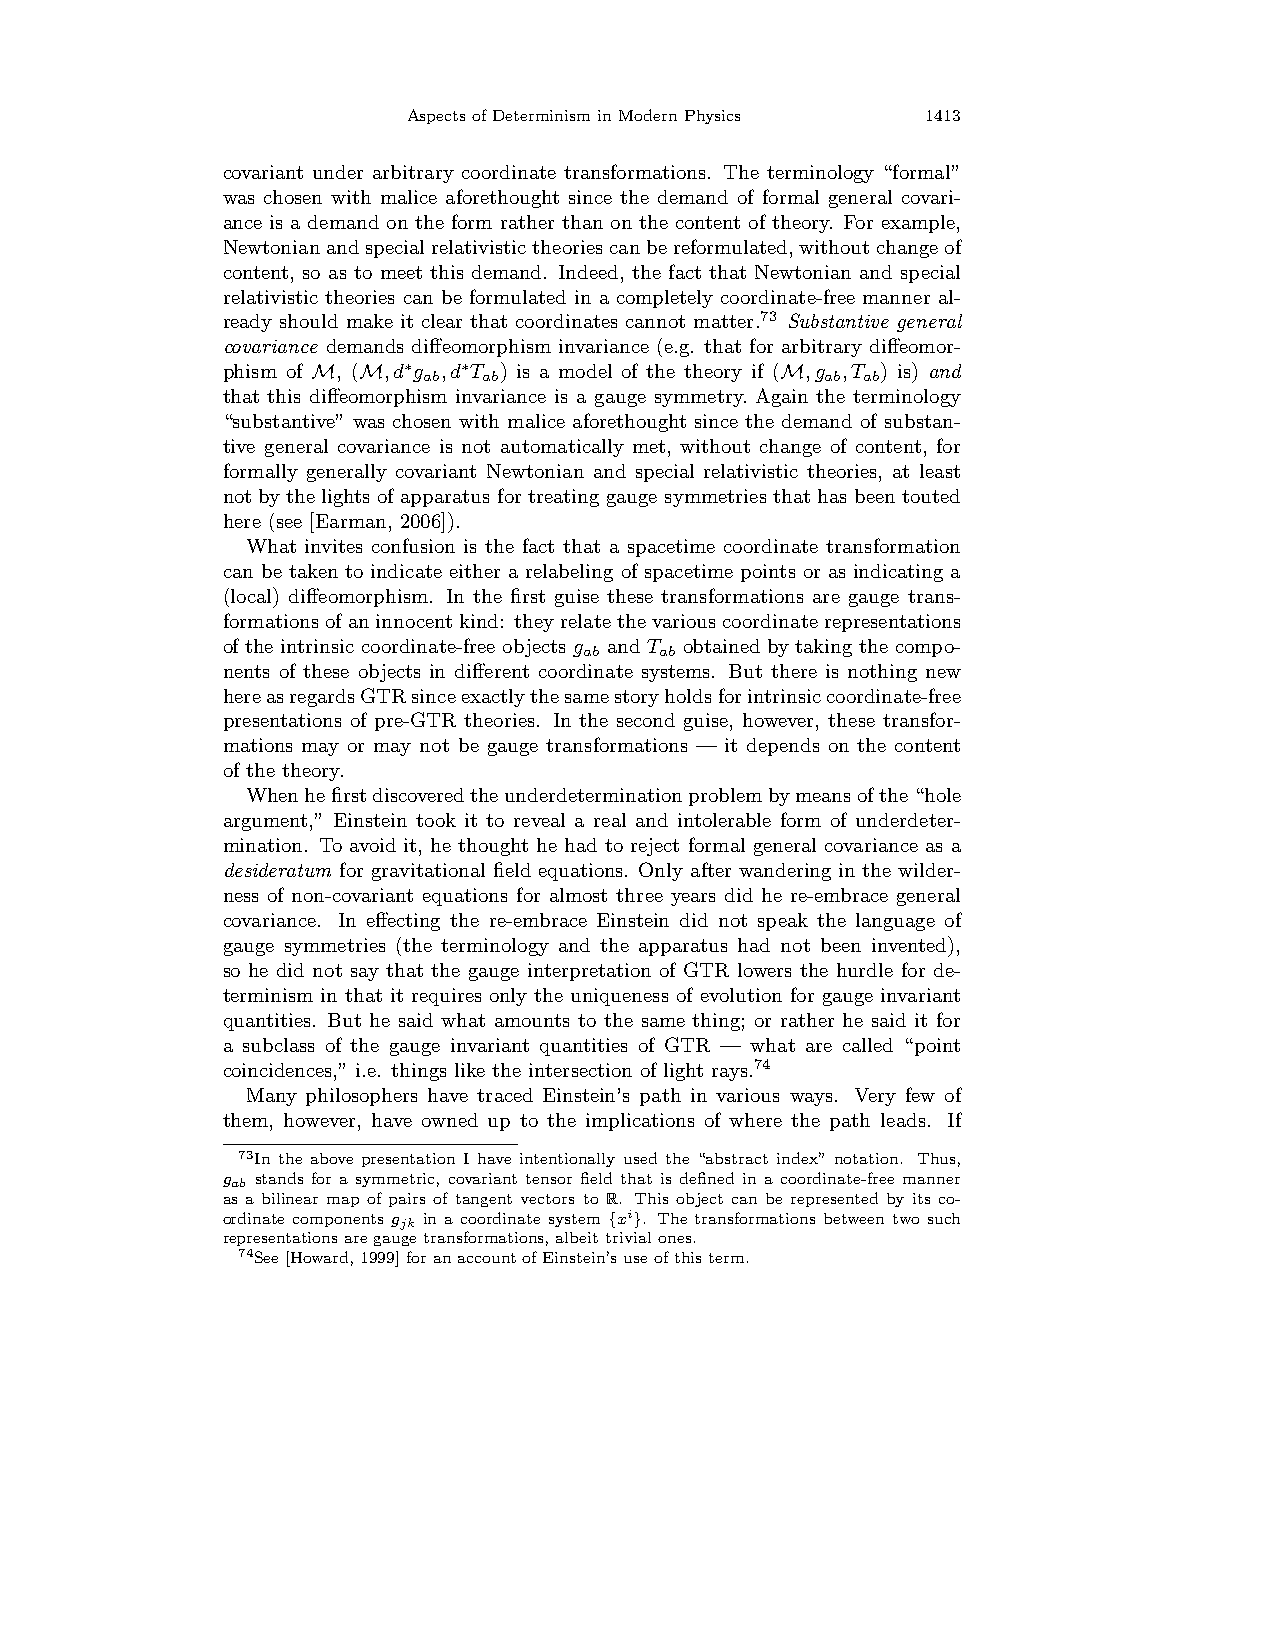
AspectsofDeterminisminModernPhysics 1413
 covariant under arbitrary coordinate transformations. The terminology “formal”
 was chosen with malice aforethought since the demand of formal general covari-
 ance is a demand on the form rather than on the content of theory. For example,
 Newtonianandspecialrelativistictheoriescanbereformulated,withoutchangeof
 content, so as to meet this demand. Indeed, the fact that Newtonian and special
 relativistic theories can be formulated in a completely coordinate-free manner al-
 ready should make it clear that coordinates cannot matter.73 Substantive general
 covariance demands diffeomorphism invariance (e.g. that for arbitrary diffeomor-
 phism of M, (M,d∗g ,d∗T ) is a model of the theory if (M,g ,T ) is) and
 ab  ab                     ab ab
 that this diffeomorphism invariance is a gauge symmetry. Again the terminology
 “substantive” was chosen with malice aforethought since the demand of substan-
 tive general covariance is not automatically met, without change of content, for
 formally generally covariant Newtonian and special relativistic theories, at least
 not by the lights of apparatus for treating gauge symmetries that has been touted
 here (see [Earman, 2006]).
 What invites confusion is the fact that a spacetime coordinate transformation
 can be taken to indicate either a relabeling of spacetime points or as indicating a
 (local) diffeomorphism. In the first guise these transformations are gauge trans-
 formations ofaninnocentkind: theyrelatethevariouscoordinaterepresentations
 of the intrinsic coordinate-free objects g and T obtained by taking the compo-
 ab   ab
 nents of these objects in different coordinate systems. But there is nothing new
 hereasregardsGTRsinceexactlythesamestoryholdsforintrinsiccoordinate-free
 presentations of pre-GTR theories. In the second guise, however, these transfor-
 mations may or may not be gauge transformations — it depends on the content
 of the theory.
 Whenhefirstdiscoveredtheunderdeterminationproblembymeansofthe“hole
 argument,” Einstein took it to reveal a real and intolerable form of underdeter-
 mination. To avoid it, he thought he had to reject formal general covariance as a
 desideratum for gravitational field equations. Only after wandering in the wilder-
 ness of non-covariant equations for almost three years did he re-embrace general
 covariance. In effecting the re-embrace Einstein did not speak the language of
 gauge symmetries (the terminology and the apparatus had not been invented),
 so he did not say that the gauge interpretation of GTR lowers the hurdle for de-
 terminism in that it requires only the uniqueness of evolution for gauge invariant
 quantities. But he said what amounts to the same thing; or rather he said it for
 a subclass of the gauge invariant quantities of GTR — what are called “point
 coincidences,” i.e. things like the intersection of light rays.74
 Many philosophers have traced Einstein’s path in various ways. Very few of
 them, however, have owned up to the implications of where the path leads. If
 73In the above presentation I have intentionally used the “abstract index” notation. Thus,
 gab stands for a symmetric, covariant tensor field that is defined in a coordinate-free manner
 as a bilinear map of pairs of tangent vectors to R. This object can be represented by its co-
 ordinate components gjk in a coordinate system {xi}. The transformations between two such
 representationsaregaugetransformations,albeittrivialones.
 74See[Howard,1999]foranaccountofEinstein’suseofthisterm.